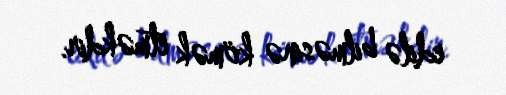
edilə bilməsinə kömək etməkdir.